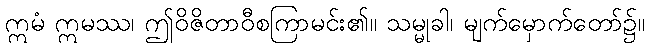
ဣမံ ဣမဿ၊ ဤဝိဇိတာဝီစကြာမင်း၏။ သမ္မုခါ၊ မျက်မှောက်တော်၌။